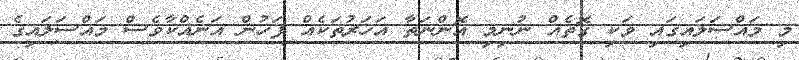
މި މައްސަލައިގައި ވަކި ގޮތެއް ނުނިމި އޮންނަތާ އަހަރުތަކެއް ފަހުން އަނެއްކާވެސް މައްސަލައިގެ